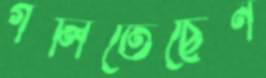
গলিতেছেন